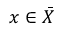
x \in { \bar { X } }